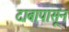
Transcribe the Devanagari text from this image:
दाबापासून